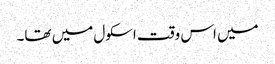
میں اس وقت اسکول میں تھا۔